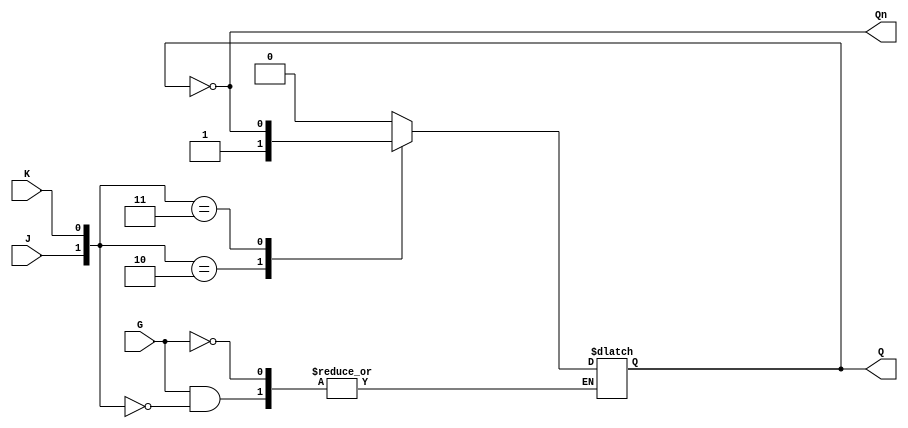
module GatedJKLatch (
    input wire J,       // Data input J
    input wire K,       // Data input K
    input wire G,       // Enable input
    output reg Q,       // Output Q
    output wire Qn      // Complementary output Q'
);

// Complementary output
assign Qn = ~Q;

always @(*) begin
    if (G) begin
        case ({J, K})
            2'b00: Q <= Q;       // No change
            2'b01: Q <= 1'b0;    // Reset state
            2'b10: Q <= 1'b1;    // Set state
            2'b11: Q <= ~Q;      // Toggle state
        endcase
    end
end

endmodule